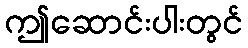
ဤဆောင်းပါးတွင်